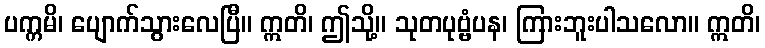
ပက္ကမိ၊ ပျောက်သွားလေပြီ။ ဣတိ၊ ဤသို့။ သုတပုဗ္ဗံပန၊ ကြားဘူးပါသလော။ ဣတိ၊